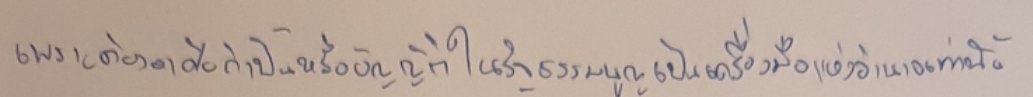
เพราะต้องอาศัยกำปั้นหรือบัญญัติในรัฐธรรมนูญเป็นเครื่องมือแห่งอำนาจเท่านั้น